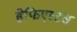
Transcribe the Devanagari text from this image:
हेफिएस्टस